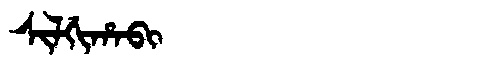
Manchu: ᠰᡳᠯᡤᡳᡥᠠᠪᡳ
Romanization: SILGIHABI